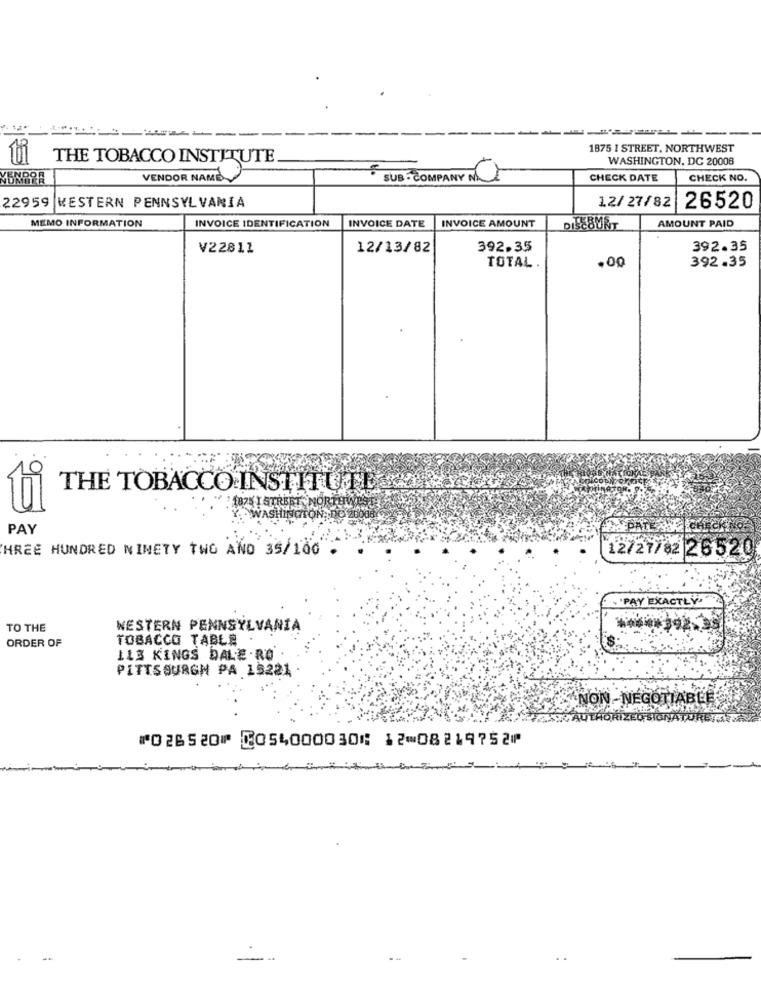
-------
1875 1 STREET, NORTHWEST
THE TOBACCO INSTITUTE
WASHINGTON, DC 20008
VENDOR NAME
· SUB- COMPANY N. 7
CHECK DATE
CHECK NO.
22959 WESTERN PENNSYLVANIA
12/27/82
26520
MEMO INFORMATION
INVOICE IDENTIFICATION
INVOICE DATE
INVOICE AMOUNT
DIJEBURT
AMOUNT PAID
V22811
12/13/82
392.35
392.35
392.35
TOTAL .
THE TOBACCO INSTITUTEQue
1875 1 STREET NOR
PAY
THREE HUNDRED NINETY TWO AND 35/100
12/27/82 26520
. 'PAY EXACTLY
TO THE
WESTERN PENNSYLVANIA
TOBACCO TABLE .
ORDER OF
113 KINGS DALE .RO
PITTSBURGH PA 15221
NON-NEGOTIABLE
ZEU SIGNAT
⑈026520⑈ ⑆054000030⑆ 12⑉08219752⑈
--